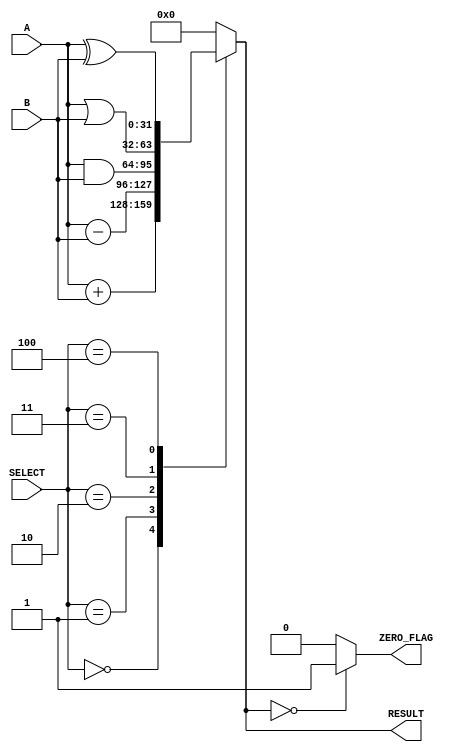
module parameterized_alu #(
    parameter DATA_WIDTH = 32,                // Bit-width of inputs and output
    parameter OPERATION_SET = 5                // Number of operations (e.g., 0: ADD, 1: SUB, 2: AND, 3: OR, 4: XOR)
)(
    input  wire [DATA_WIDTH-1:0] A,          // Operand A
    input  wire [DATA_WIDTH-1:0] B,          // Operand B
    input  wire [2:0] SELECT,                 // Operation select signal
    output reg  [DATA_WIDTH-1:0] RESULT,      // Result of the operation
    output wire ZERO_FLAG                      // Zero flag output
);

// Internal signals for operations
wire [DATA_WIDTH-1:0] add_result;
wire [DATA_WIDTH-1:0] sub_result;
wire [DATA_WIDTH-1:0] and_result;
wire [DATA_WIDTH-1:0] or_result;
wire [DATA_WIDTH-1:0] xor_result;

// Arithmetic and Logic Operations
assign add_result = A + B;
assign sub_result = A - B;
assign and_result = A & B;
assign or_result  = A | B;
assign xor_result = A ^ B;

// MUX to select the result based on SELECT signal
always @(*) begin
    case (SELECT)
        3'b000: RESULT = add_result;  // Addition
        3'b001: RESULT = sub_result;  // Subtraction
        3'b010: RESULT = and_result;   // Bitwise AND
        3'b011: RESULT = or_result;    // Bitwise OR
        3'b100: RESULT = xor_result;   // Bitwise XOR
        default: RESULT = {DATA_WIDTH{1'b0}}; // Default case (zero)
    endcase
end

// Zero flag logic
assign ZERO_FLAG = (RESULT == {DATA_WIDTH{1'b0}}) ? 1'b1 : 1'b0;

endmodule